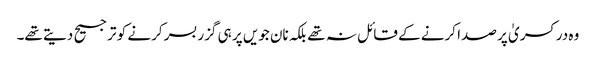
وہ در کسریٰ پر صدا کرنے کے قائل نہ تھے بلکہ نان جویں پر ہی گزر بسر کرنے کو ترجیح دیتے تھے۔